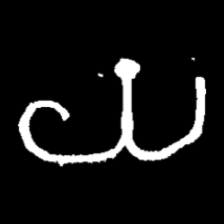
Pyu character \u2014 Myanmar letter: ယ (romanized: ya)